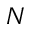
N